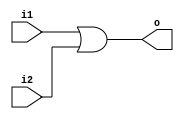
module top ( i1 , i2 , o );
input i1 , i2 ;
output o ;
wire t ;
or ( t, i1 , i2 ) ;
buf ( o , t );
endmodule